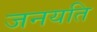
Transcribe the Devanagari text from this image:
जनयति